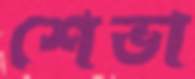
শেভা